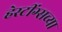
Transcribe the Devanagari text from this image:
हेस्टींग्सच्या